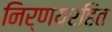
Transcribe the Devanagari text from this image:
निर्णयरहित